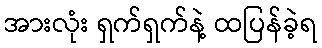
အားလုံး ရှက်ရှက်နဲ့ ထပြန်ခဲ့ရ